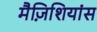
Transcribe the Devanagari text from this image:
मैज़िशियांस